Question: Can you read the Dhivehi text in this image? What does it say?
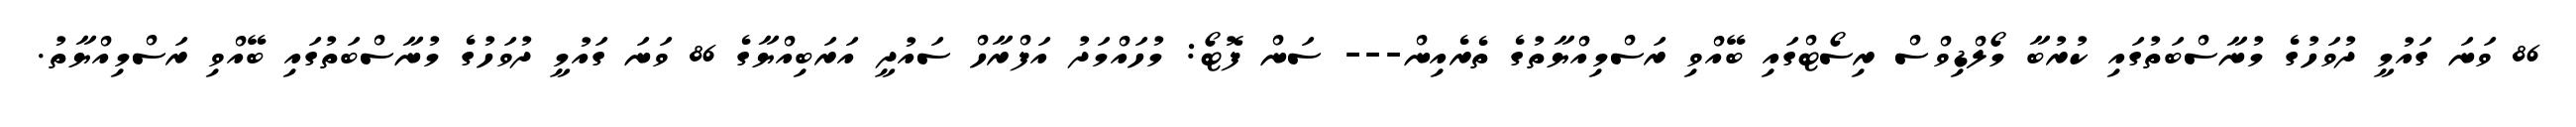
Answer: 86 ވަނަ ގައުމީ ދުވަހުގެ މުނާސްބަތުގައި ކުރުބާ މޯލްޑިވްސް ރިސޯޓްގައި ބޭއްވި ރަސްމިއްޔާތުގެ ތެރެއިން--- ސަން ފޮޓޯ: މުހައްމަދު އަފްރާހް ސައުދީ އަރަބިއްޔާގެ 86 ވަނަ ގައުމީ ދުވަހުގެ މުނާސްބަތުގައި ބޭއްވި ރަސްމިއްޔާތު.